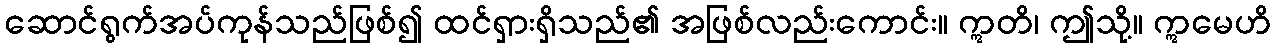
ဆောင်ရွက်အပ်ကုန်သည်ဖြစ်၍ ထင်ရှားရှိသည်၏ အဖြစ်လည်းကောင်း။ ဣတိ၊ ဤသို့။ ဣမေဟိ